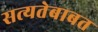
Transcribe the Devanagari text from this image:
सत्यतेबाबत